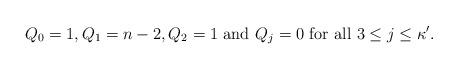
LaTeX: \begin{align*}Q_0=1, Q_1=n-2,Q_2=1 \ {\rm and} \ Q_j=0 \ {\rm for\ all}\ 3\leq j\leq \kappa' .\end{align*}